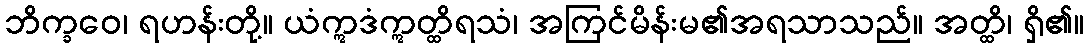
ဘိက္ခဝေ၊ ရဟန်းတို့။ ယံဣဒံဣတ္ထိရသံ၊ အကြင်မိန်းမ၏အရသာသည်။ အတ္ထိ၊ ရှိ၏။